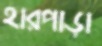
হারপাড়া